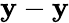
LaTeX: \mathbf{y}-\mathbf{y}